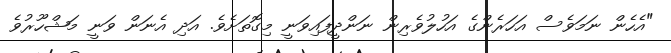
"އެހެން ނަމަވެސް އަހަރެންގެ އަހުލުވެރިން ނަންދީފައިވަނީ މިގޮތަށެވެ. އަދި އެނަން ވަނީ މަޝްހޫރުވެ